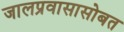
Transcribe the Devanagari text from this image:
जालप्रवासासोबत